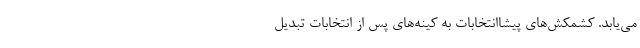
می‌یابد. کشمکش‌های پیشاانتخابات به کینه‌های پس از انتخابات تبدیل